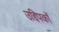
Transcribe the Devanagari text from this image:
उद्दिपकों